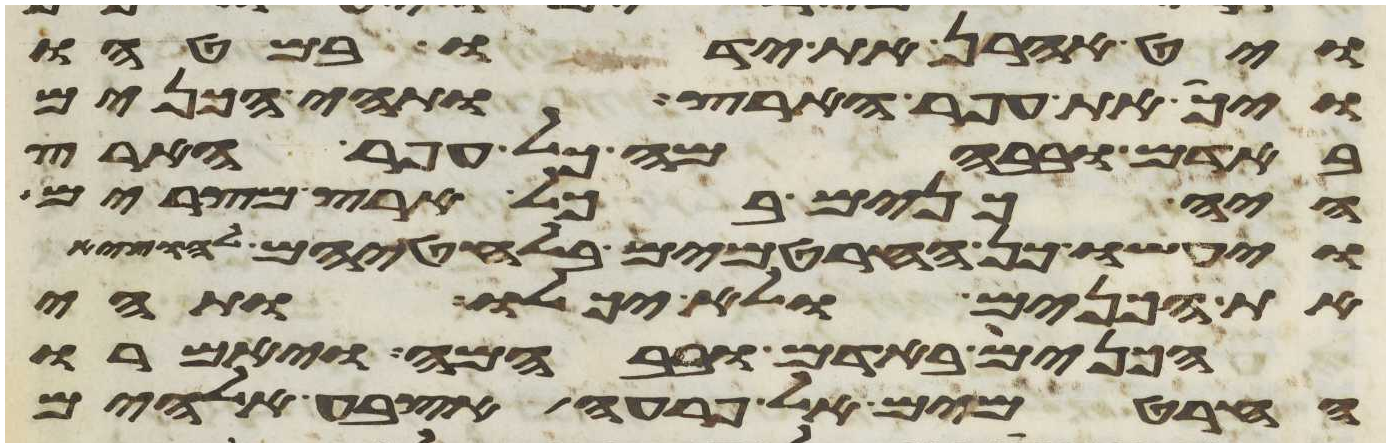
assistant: ויט אהרן את ידו במטהו
ויך את עפר הארץ ותהי הכנים
באדם ובבהמה כל עפר הארץ
היה כנים בכל ארץ מצרים
ויעשו כן החרטמים בלחטיהם להוציא
את הכנים ולא יכלו ותהי
הכנים באדם ובבהמה ויאמרו
החרטמים אל פרעה אצבע אלהים